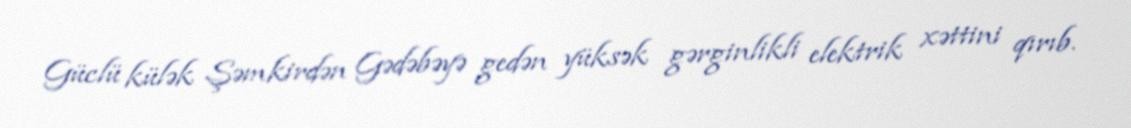
Güclü külək Şəmkirdən Gədəbəyə gedən yüksək gərginlikli elektrik xəttini qırıb.